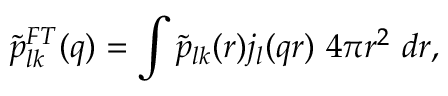
\tilde { p } _ { l k } ^ { F T } ( q ) = \int \tilde { p } _ { l k } ( r ) j _ { l } ( q r ) ~ 4 \pi r ^ { 2 } ~ d r ,